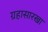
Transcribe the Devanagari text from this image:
ग्रहासारखा